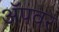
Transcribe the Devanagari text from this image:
अॅपवर